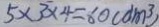
5 \times 3 \times 4 = 6 0 ( d m ^ { 3 } )